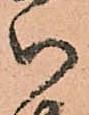
御